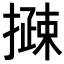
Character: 𢵽